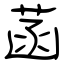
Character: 菡